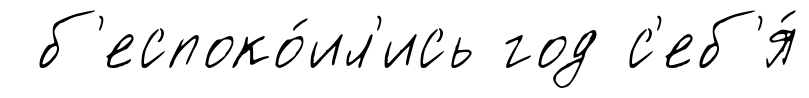
б'еспоко́ил'ись год с'еб'я́